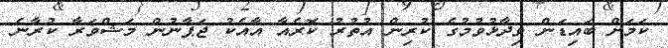
ކަމަށް ބައިޑަން ވިދާޅުވުމުގެ ކުރިން އުތުރު ކޮރެއާ އާއެކު ޖަޕާނުން މަޝްވަރާ ކުރާނެ